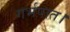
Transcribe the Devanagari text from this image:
गर्भपात।